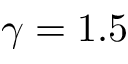
\gamma = 1 . 5